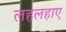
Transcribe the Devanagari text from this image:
लहलहाए